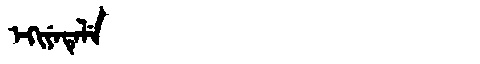
Manchu: ᡝᡴᡳᠶᡝᡨᡝᠯᡝ
Romanization: EKIYETELE